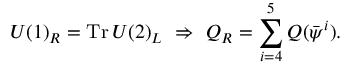
U ( 1 ) _ { R } = \mathrm { T r } \, U ( 2 ) _ { L } ~ \Rightarrow ~ Q _ { R } = \sum _ { i = 4 } ^ { 5 } Q ( { \bar { \psi } } ^ { i } ) .